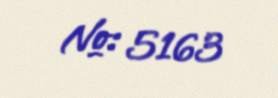
№: 5163